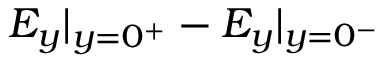
E _ { y } | _ { y = 0 ^ { + } } - E _ { y } | _ { y = 0 ^ { - } }